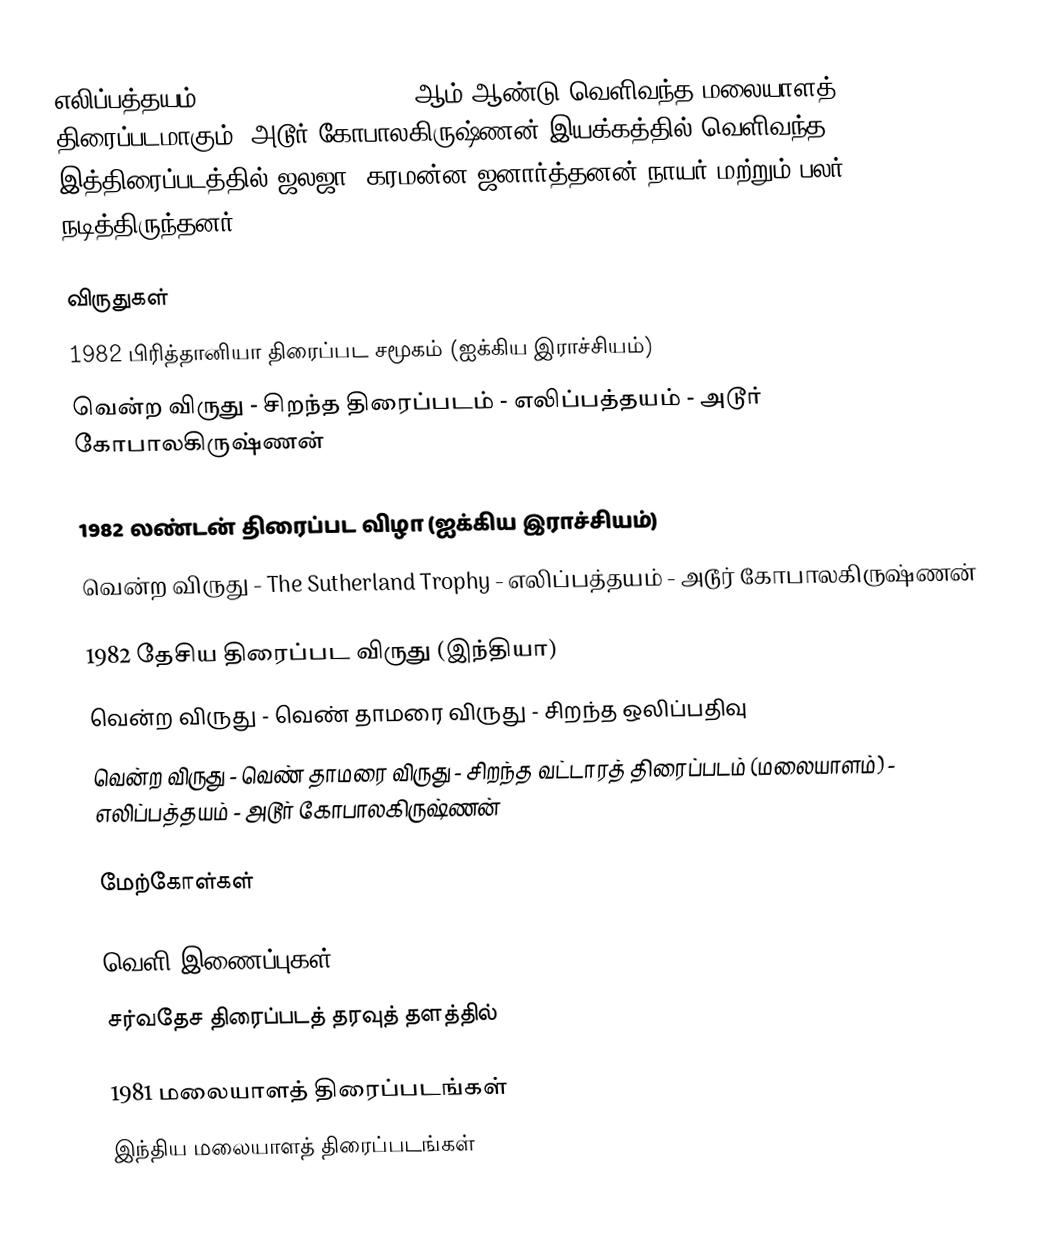
எலிப்பத்தயம் (The Rat Trap) (1981)  ஆம் ஆண்டு வெளிவந்த மலையாளத் திரைப்படமாகும். அடூர் கோபாலகிருஷ்ணன் இயக்கத்தில் வெளிவந்த இத்திரைப்படத்தில் ஜலஜா, கரமன்ன ஜனார்த்தனன் நாயர் மற்றும் பலர் நடித்திருந்தனர்.

விருதுகள்
1982 பிரித்தானியா திரைப்பட சமூகம் (ஐக்கிய இராச்சியம்)
 வென்ற விருது - சிறந்த திரைப்படம் -  எலிப்பத்தயம் - அடூர் கோபாலகிருஷ்ணன்

1982 லண்டன் திரைப்பட விழா (ஐக்கிய இராச்சியம்)
 வென்ற விருது - The Sutherland Trophy - எலிப்பத்தயம் - அடூர் கோபாலகிருஷ்ணன்

1982 தேசிய திரைப்பட விருது (இந்தியா)
 வென்ற விருது - வெண் தாமரை விருது - சிறந்த ஒலிப்பதிவு
 வென்ற விருது - வெண் தாமரை விருது - சிறந்த வட்டாரத் திரைப்படம் (மலையாளம்) - எலிப்பத்தயம் - அடூர் கோபாலகிருஷ்ணன்

மேற்கோள்கள்

வெளி இணைப்புகள்
சர்வதேச திரைப்படத் தரவுத் தளத்தில்

1981 மலையாளத் திரைப்படங்கள்
இந்திய மலையாளத் திரைப்படங்கள்